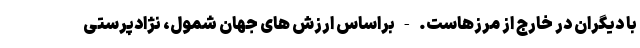
با دیگران در خارج از مرزهاست. - براساس ارزش های جهان شمول، نژادپرستی